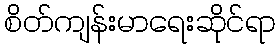
စိတ်ကျန်းမာရေးဆိုင်ရာ